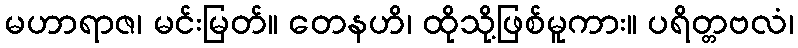
မဟာရာဇ၊ မင်းမြတ်။ တေနဟိ၊ ထိုသို့ဖြစ်မူကား။ ပရိတ္တဗလံ၊